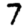
Digit: 7